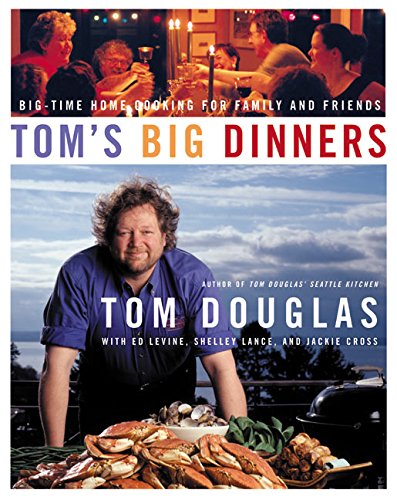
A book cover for Tom's Big Dinners: Big-Time Home Cooking for Family and Friends; Tom Douglas; Cookbooks, Food & Wine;